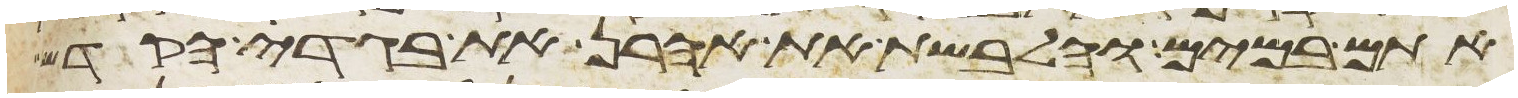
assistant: אתם במים והלבשת את אהרן את בגדי הקדש